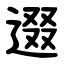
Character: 逫